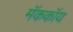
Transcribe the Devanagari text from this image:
मॅककॉय